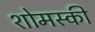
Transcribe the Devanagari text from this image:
शोमस्की